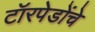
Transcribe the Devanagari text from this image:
टॉरपेडोंचे